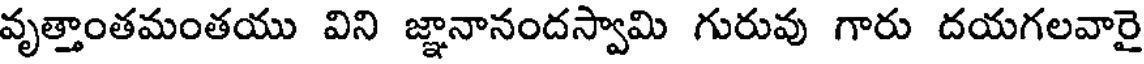
వృత్తాంతమంతయు విని జ్ఞానానందస్వామి గురువు గారు దయగలవారై